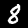
Label: 8